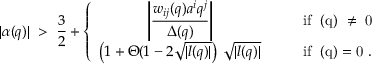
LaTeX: | \alpha ( q ) | \; > \; \frac { 3 } { 2 } + \left\{ \begin{array} { c c l } { { \displaystyle \left| \frac { w _ { i j } ( q ) a ^ { i } q ^ { j } } { \Delta ( q ) } \right| } } & { { \; \; \; } } & { { { \mathrm { i f ~ \Delta ( q ) ~ \neq ~ 0 ~ } } } } \\ { { \displaystyle \left( 1 + \Theta ( 1 - 2 \sqrt { | l ( q ) | } \right) \: \sqrt { | l ( q ) | } } } & { { } } & { { { \mathrm { i f ~ \Delta ( q ) = 0 ~ } } . } } \end{array} \right.